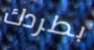
بطردك